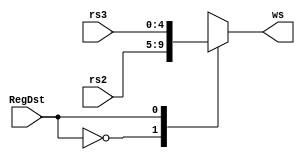
module choose_write_reg (
	input [4:0] rs2, 
	input [4:0]	rs3,
	input  RegDst,

	output reg [4:0] ws
);

always @(*) begin
        case (RegDst)
        	1'b0: ws = rs2;
        	1'b1: ws = rs3;
        endcase
    end

endmodule